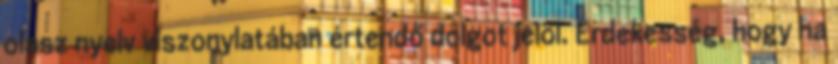
olasz nyelv viszonylatában értendő dolgot jelöl. Érdekesség, hogy ha